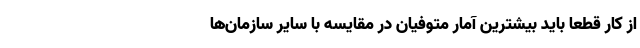
از کار قطعاً باید بیشترین آمار متوفیان در مقایسه با سایر سازمان‌ها